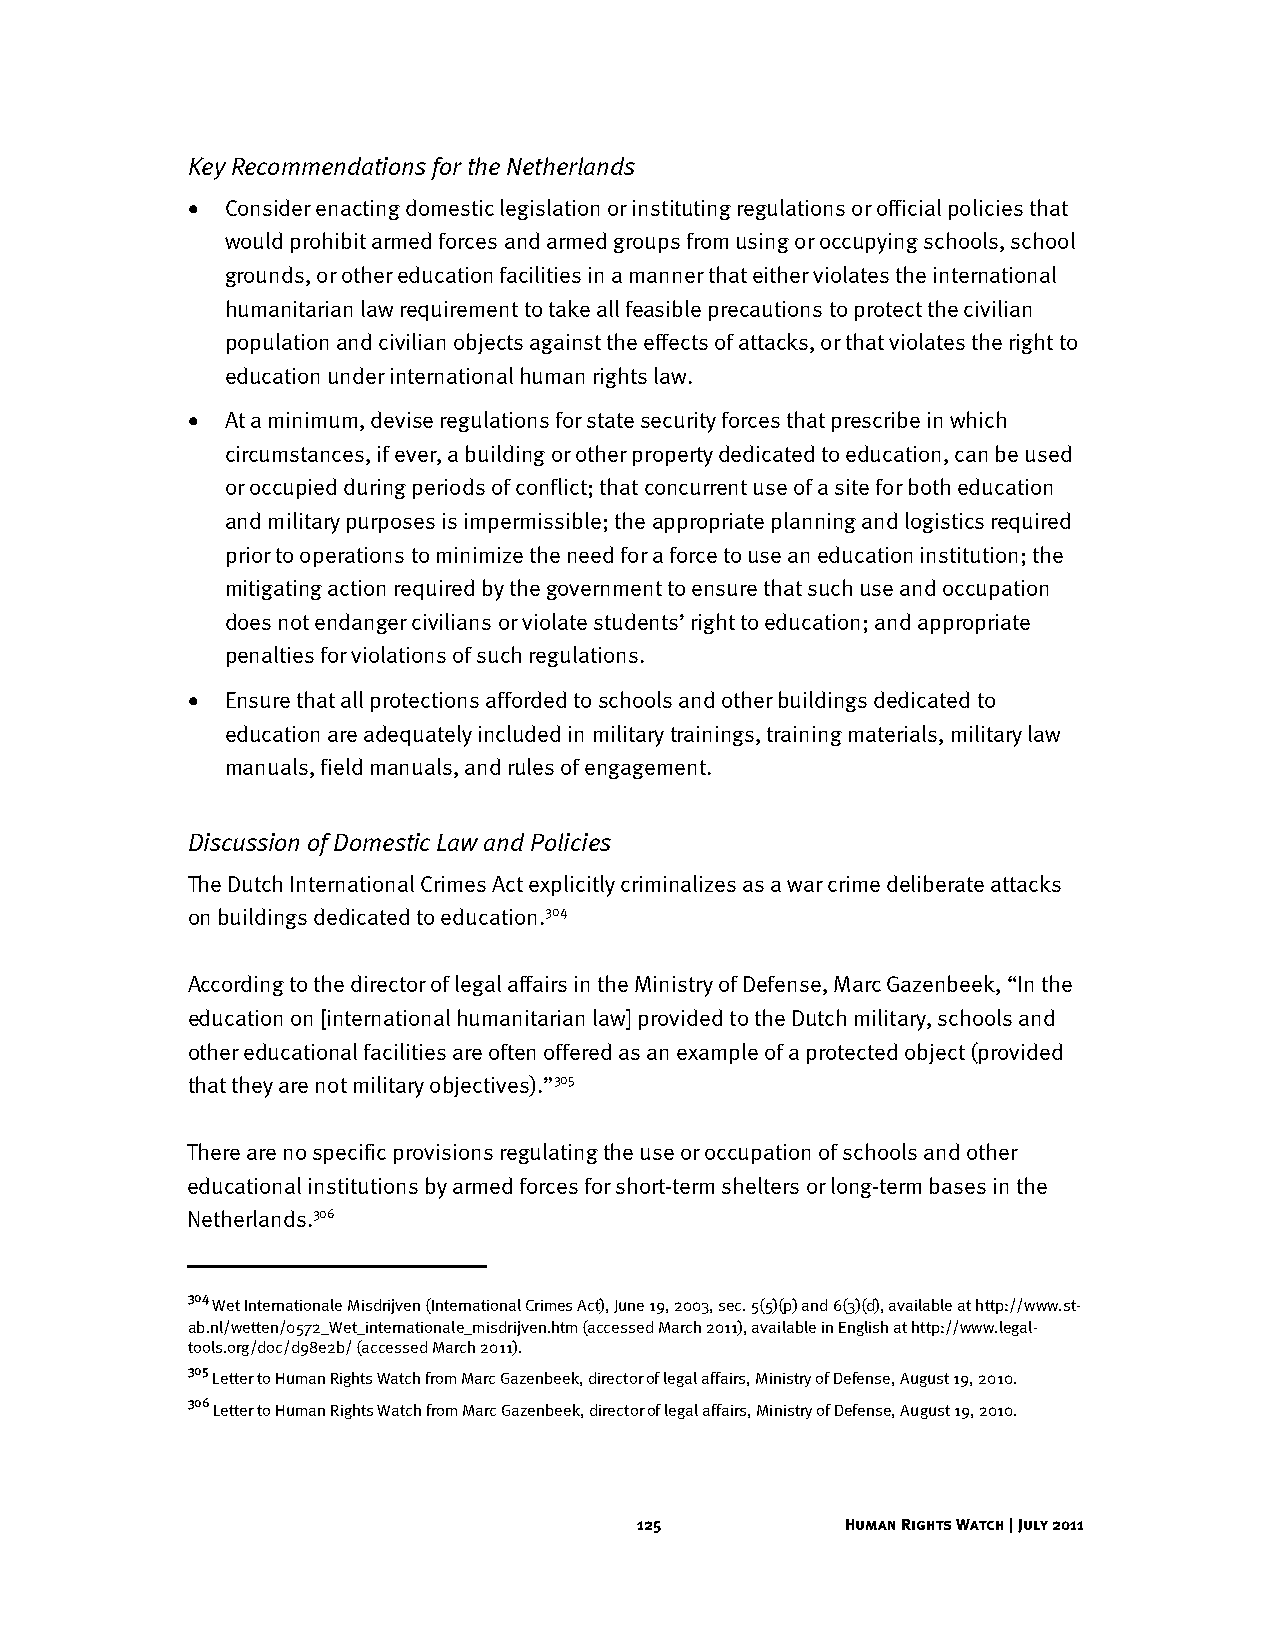
Key Recommendations for the Netherlands
 •  Consider enacting domestic legislation or instituting regulations or official policies that
 would prohibit armed forces and armed groups from using or occupying schools, school
 grounds, or other education facilities in a manner that either violates the international
 humanitarian law requirement to take all feasible precautions to protect the civilian
 population and civilian objects against the effects of attacks, or that violates the right to
 education under international human rights law.
 •  At a minimum, devise regulations for state security forces that prescribe in which
 circumstances, if ever, a building or other property dedicated to education, can be used
 or occupied during periods of conflict; that concurrent use of a site for both education
 and military purposes is impermissible; the appropriate planning and logistics required
 prior to operations to minimize the need for a force to use an education institution; the
 mitigating action required by the government to ensure that such use and occupation
 does not endanger civilians or violate students’ right to education; and appropriate
 penalties for violations of such regulations.
 •  Ensure that all protections afforded to schools and other buildings dedicated to
 education are adequately included in military trainings, training materials, military law
 manuals, field manuals, and rules of engagement.
 Discussion of Domestic Law and Policies
 The Dutch International Crimes Act explicitly criminalizes as a war crime deliberate attacks
 on buildings dedicated to education.304
 According to the director of legal affairs in the Ministry of Defense, Marc Gazenbeek, “In the
 education on [international humanitarian law] provided to the Dutch military, schools and
 other educational facilities are often offered as an example of a protected object (provided
 that they are not military objectives).”305
 There are no specific provisions regulating the use or occupation of schools and other
 educational institutions by armed forces for short-term shelters or long-term bases in the
 Netherlands.306
 304
 Wet Internationale Misdrijven (International Crimes Act), June 19, 2003, sec. 5(5)(p) and 6(3)(d), available at http://www.st-
 ab.nl/wetten/0572_Wet_internationale_misdrijven.htm (accessed March 2011), available in English at http://www.legal-
 tools.org/doc/d98e2b/ (accessed March 2011).
 305
 Letter to Human Rights Watch from Marc Gazenbeek, director of legal affairs, Ministry of Defense, August 19, 2010.
 306
 Letter to Human Rights Watch from Marc Gazenbeek, director of legal affairs, Ministry of Defense, August 19, 2010.
 125           Human Rights Watch | July 2011